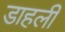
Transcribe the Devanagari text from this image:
डाहली